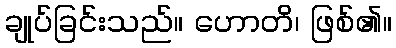
ချုပ်ခြင်းသည်။ ဟောတိ၊ ဖြစ်၏။